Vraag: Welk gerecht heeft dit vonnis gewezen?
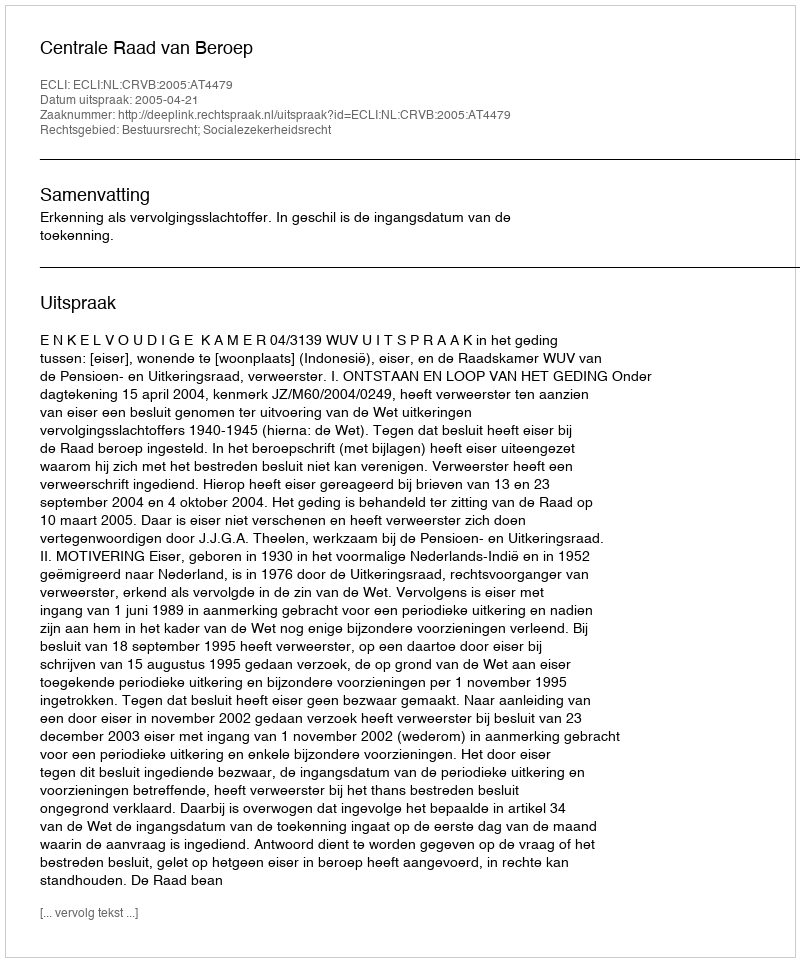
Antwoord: Centrale Raad van Beroep